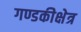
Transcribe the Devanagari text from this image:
गण्डकीक्षेत्र